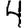
Digit: 4